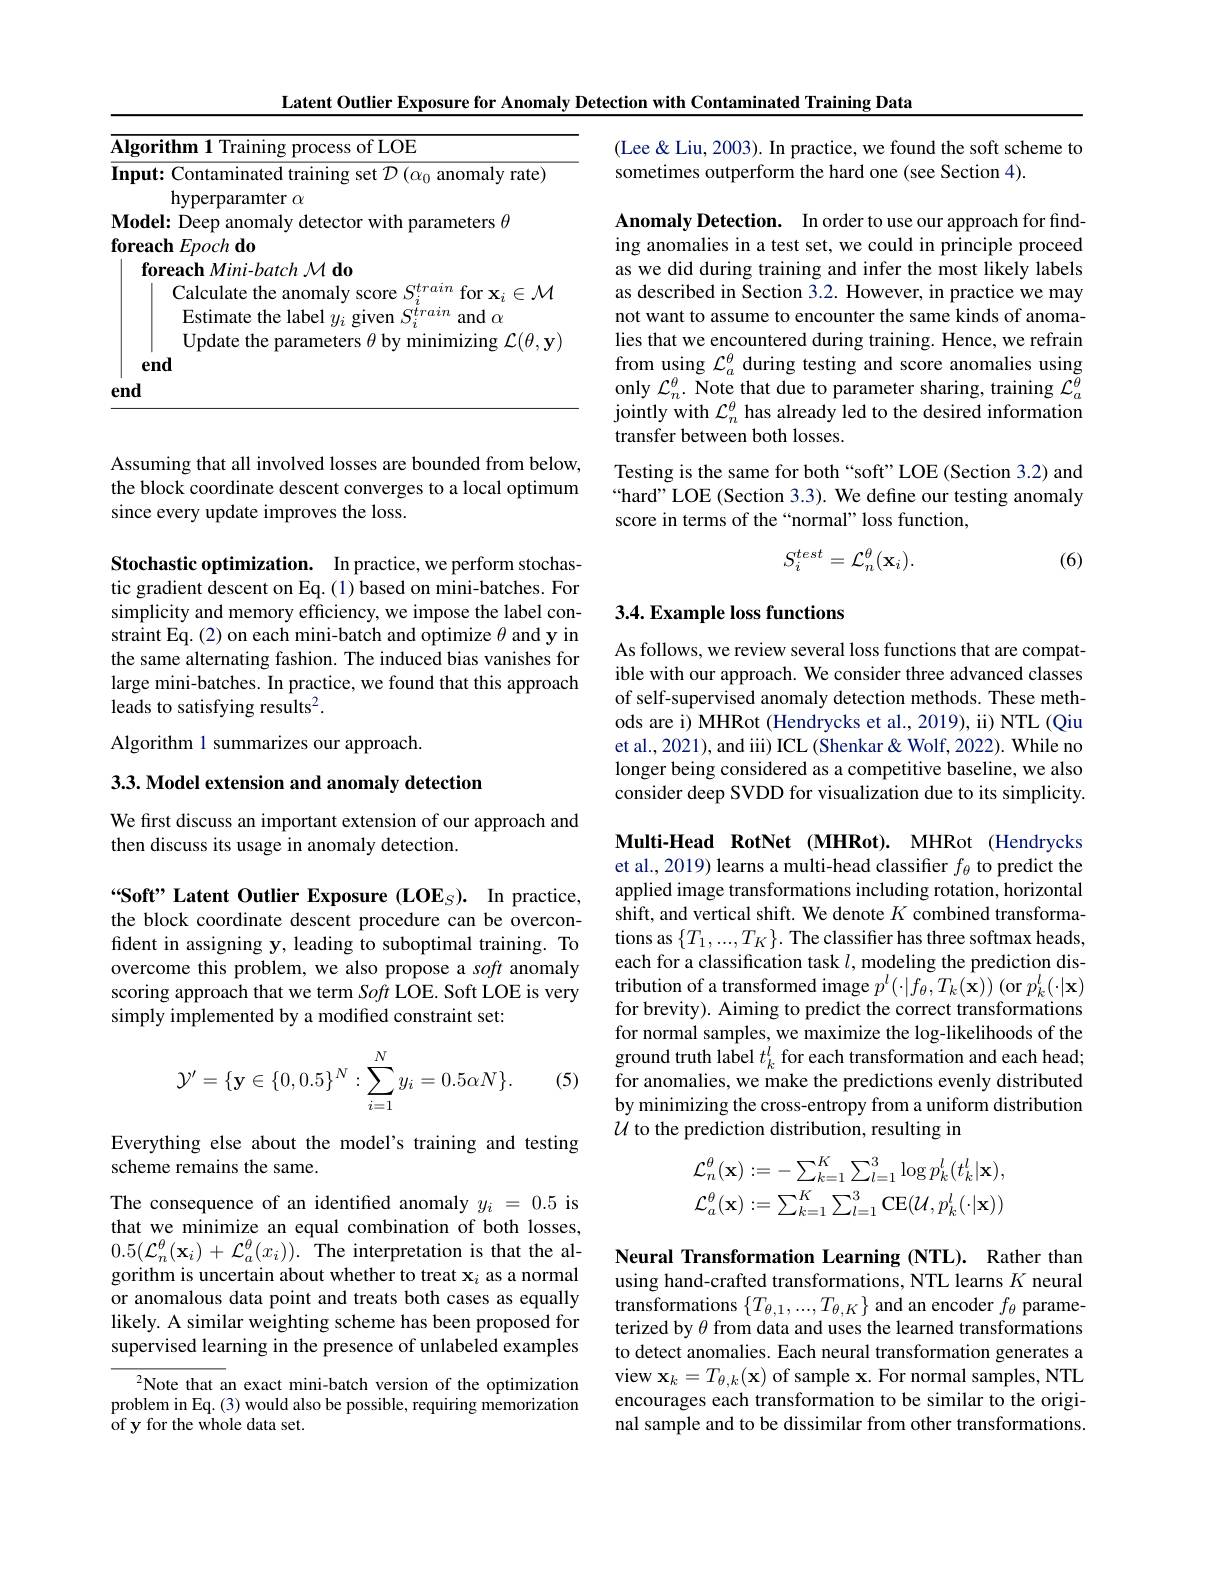
Latent Outlier Exposure for Anomaly Detection with Contaminated Training Data

<table>
	<tbody>
		<tr>
			<td>Algorithm 1 Training process of LOE</td>
			<td>$\overline{A}$ 1</td>
			<td>$\textbf{m 1 Training process of LOE}$</td>
		</tr>
	</tbody>
</table>

Assuming that all involved losses are bounded from below, the block coordinate descent converges to a local optimum since every update improves the loss.

Stochastic optimization. In practice, we perform stochastic gradient descent on Eq. (1) based on mini-batches. For simplicity and memory efficiency, we impose the label constraint Eq. (2) on each mini-batch and optimize $\theta$ and y in the same alternating fashion. The induced bias vanishes for large mini-batches. In practice, we found that this approach leads to satisfying results$^2.$
Algorithm 1 summarizes our approach.

3.3. Model extension and anomaly detection

We first discuss an important extension of our approach and
then discuss its usage in anomaly detection.

“Soft” Latent Outlier Exposure (LOE$_S) .$ In practice, the block coordinate descent procedure can be overconfident in assigning y, leading to suboptimal training. To overcome this problem, we also propose a soft anomaly scoring approach that we term Soff LOE. Soft LOE is very simply implemented by a modified constraint set:
$$\mathcal{Y'}=\{\mathbf{y}\in\{0,0.5\}^N:\sum_{i=1}^Ny_i=0.5\alpha N\}.$$
(5)

Everything else about the model's training and testing
scheme remains the same.

The consequence of an identified anomaly $y_i=0.5$ is that we minimize an equal combination of both losses, $0.5(\mathcal{L}_{n}^{\theta}(\mathbf{x}_{i})+\mathcal{L}_{a}^{\theta}(x_{i})).$The interpretation is that the algorithm is uncertain about whether to treat $\mathbf{x}_i$ as a normal or anomalous data point and treats both cases as equally likely. A similar weighting scheme has been proposed for supervised learning in the presence of unlabeled examples

${}^{2}$Note that an exact mini-batch version of the optimization problem in Eq. (3) would also be possible, requiring memorization of y for the whole data set.

(Lee& Liu, 2003). In practice, we found the soft scheme to
sometimes outperform the hard one (see Section 4).

Anomaly Detection. In order to use our approach for finding anomalies in a test set, we could in principle proceed as we did during training and infer the most likely labels as described in Section 3.2. However, in practice we may not want to assume to encounter the same kinds of anomalies that we encountered during training. Hence, we refrain from using $\mathcal{L}_a^\theta$ during testing and score anomalies using only $\mathcal{L}_n^\theta.$ Note that due to parameter sharing, training $\mathcal{L}_a^{\tilde{\theta}}$ jointly with $\mathcal{L}_n^\theta$ has already led to the desired information transfer between both losses.
Testing is the same for both“soft”LOE(Section 3.2) and

“hard” LOE (Section 3.3). We define our testing anomaly
score in terms of the“normal”loss function,
$$S_i^{test}=\mathcal{L}_n^\theta(\mathbf{x}_i).$$
(6)

## 3.4. Example loss functions

As follows, we review several loss functions that are compatible with our approach. We consider three advanced classes of self-supervised anomaly detection methods. These methods are i) MHRot (Hendrycks et al., 2019), ii) NTL (Qiu et al., 2021), and iii) ICL (Shenkar & Wolf, 2022). While no longer being considered as a competitive baseline, we also consider deep SVDD for visualization due to its simplicity

Multi-Head RotNet (MHRot). MHRot (Hendrycks et al., 2019) learns a multi-head classifier $f_\theta$ to predict the applied image transformations including rotation, horizontal shift, and vertical shift. We denote $K$ combined transformations as $\{T_{1},...,T_{K}\}.$ The classifier has three softmax heads, each for a classification task $l$, modeling the prediction distribution of a transformed image $p^l(\cdot|f_{\theta},T_{k}(\mathbf{x}))$ (or $p_{k}^{l}(\cdot|\mathbf{x})$ for brevity). Aiming to predict the correct transformations for normal samples, we maximize the log-likelihoods of the ground truth label $t_k^l$ for each transformation and each head; for anomalies, we make the predictions evenly distributed by minimizing the cross-entropy from a uniform distribution $\mathcal{U}$ to the prediction distribution, resulting in
$$\mathcal{L}_{n}^{\theta}(\mathbf{x}):=-\sum_{k=1}^{K}\sum_{l=1}^{3}\log p_{k}^{l}(t_{k}^{l}|\mathbf{x}),\\\mathcal{L}_{a}^{\theta}(\mathbf{x}):=\sum_{k=1}^{K}\sum_{l=1}^{3}\operatorname{CE}(\mathcal{U},p_{k}^{l}(\cdot|\mathbf{x}))$$
Neural Transformation Learning (NTL). Rather than using hand-crafted transformations, NTL learns $K$ neural transformations $\{T_{\theta,1},...,T_{\theta,K}\}$ and an encoder $f_\theta$ parameterized by $\theta$ from data and uses the learned transformations to detect anomalies. Each neural transformation generates a view $\mathbf{x}_k=T_{\theta,k}(\mathbf{x})$ of sample x. For normal samples, NTL encourages each transformation to be similar to the original sample and to be dissimilar from other transformations.